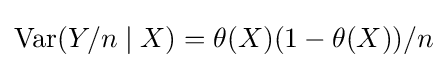
\operatorname {Var} (Y/n\mid X)=\theta (X)(1-\theta (X))/n